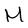
Character: M